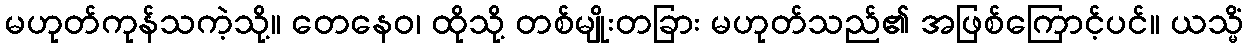
မဟုတ်ကုန်သကဲ့သို့။ တေနေဝ၊ ထိုသို့ တစ်မျိုးတခြား မဟုတ်သည်၏ အဖြစ်ကြောင့်ပင်။ ယသ္မိံ